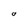
Character: O